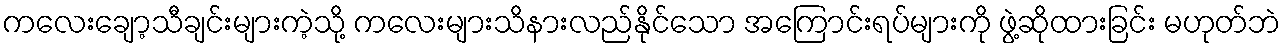
ကလေးချော့သီချင်းများကဲ့သို့ ကလေးများသိနားလည်နိုင်သော အကြောင်းရပ်များကို ဖွဲ့ဆိုထားခြင်း မဟုတ်ဘဲ